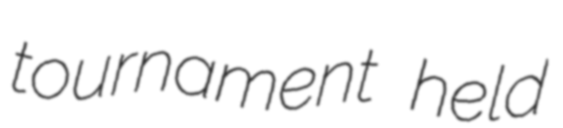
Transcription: tournament held